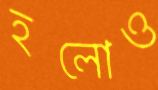
হলোও